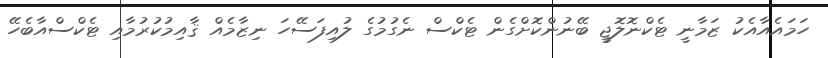
ހަމައެއާއެކު ޒަމާނީ ޓެކްނޮލޮޖީ ބޭނުންކޮށްގެން ޓެކްސް ނެގުމުގެ ލުއިފަސޭހަ ނިޒާމެއް ޤާއިމުކުރުމާއި ޓެކްސްއާބެހޭ